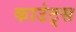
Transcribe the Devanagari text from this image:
काउंट्स